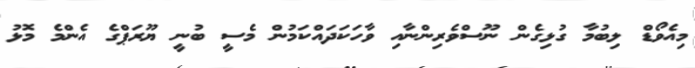
މިއެވޯޑް ލިބުމާ ގުޅިގެން ނޫސްވެރިންނާއި ވާހަކަދައްކަމުން މެސީ ބުނީ ޔޫރަޕްގެ އެންމެ މޮޅު